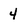
Character: 4